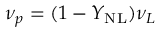
\nu _ { p } = ( 1 - Y _ { \mathrm { { N L } } } ) \nu _ { L }